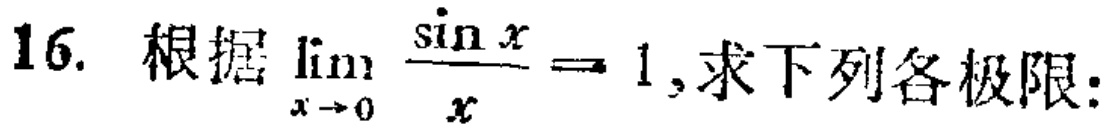
16. 根据$\lim_{x \to 0} \frac{\sin x}{x}=1$,求下列各极限: